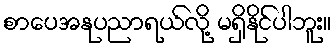
စာပေအနုပညာရယ်လို့ မရှိနိုင်ပါဘူး။